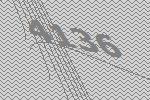
4136